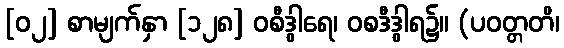
[၀၂] စာမျက်နှာ [၁၂၈] ဝစီဒွါရေ၊ ဝစဒီဒွါရ၌။ (ပဝတ္တတိ၊